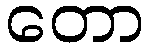
တော